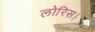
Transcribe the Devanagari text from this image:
लोरिस।